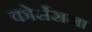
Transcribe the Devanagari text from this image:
कोर्सेसना